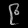
Digit: ၉